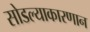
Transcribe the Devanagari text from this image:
सोडल्याकारणान